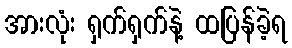
အားလုံး ရှက်ရှက်နဲ့ ထပြန်ခဲ့ရ